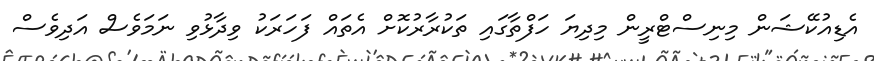
އެޑިއުކޭޝަން މިނިސްޓްރީން މިދިޔަ ހަފްތާގައި ތަކުރާރުކޮށް އެތައް ފަހަރަކު ވިދާޅުވި ނަމަވެސް އަދިވެސް